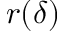
r ( \delta )